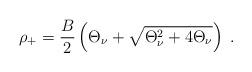
LaTeX: \begin{align*}\rho _{+}=\frac{B}{2}\left( \Theta _{\nu }+\sqrt{\Theta _{\nu }^{2}+4\Theta _{\nu }}\right) \;.\end{align*}